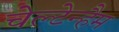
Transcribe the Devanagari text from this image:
चेल्टेन्हैम